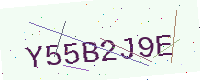
Text: Y55B2J9E